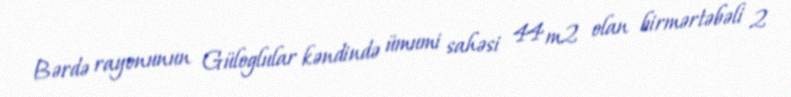
Bərdə rayonunun Güloglular kəndində ümumi sahəsi 44 m2 olan birmərtəbəli 2